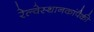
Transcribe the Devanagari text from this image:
रेल्वेस्थानकांपैकी